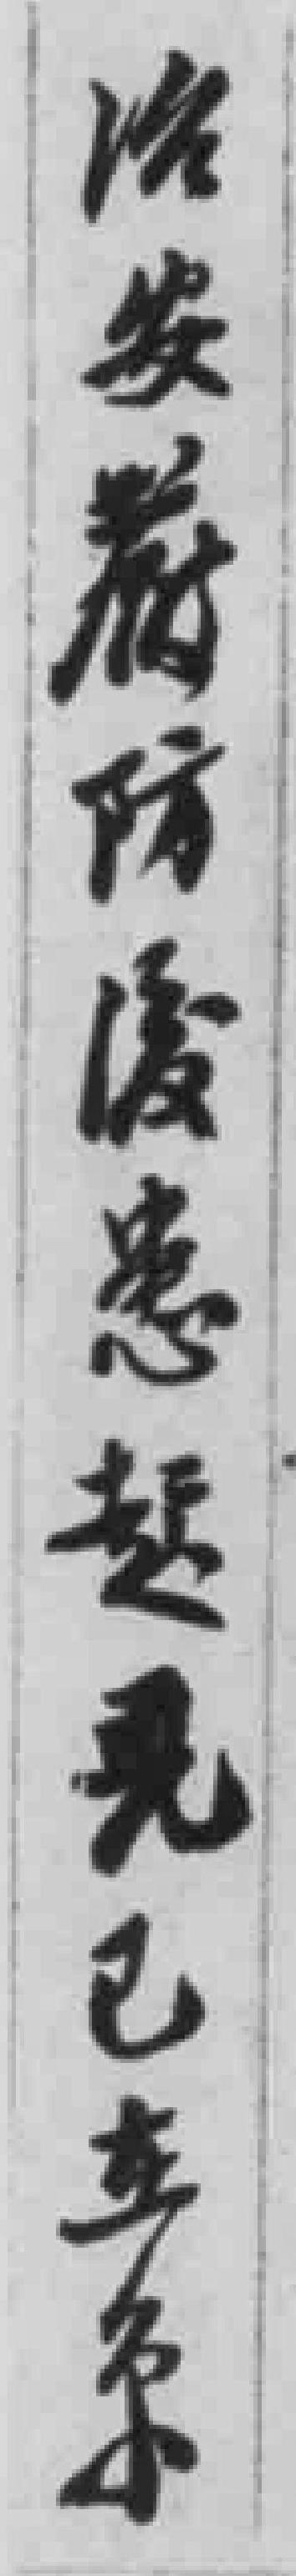
治安*防缓患起見已立条